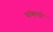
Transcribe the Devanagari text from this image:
चांबल्डी